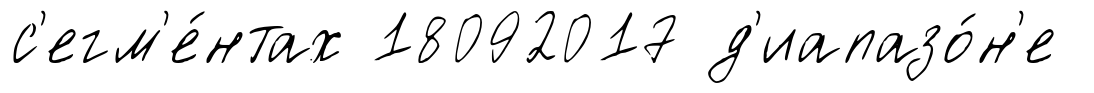
с'егм'е́нтах 18092017 д'иапазо́н'е